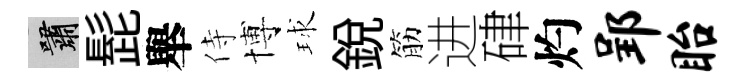
嘯髭舉侍博球銳筋进硉灼郢眙